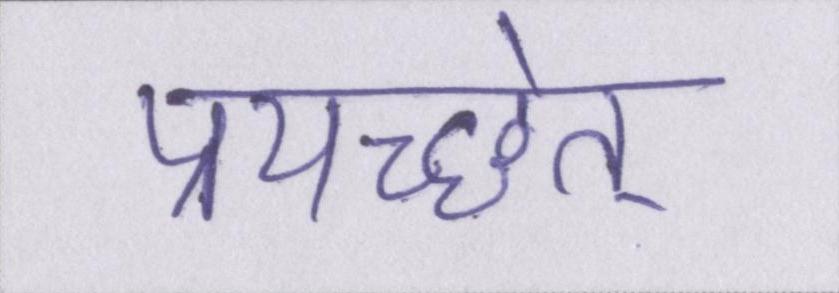
प्रयच्छेत्